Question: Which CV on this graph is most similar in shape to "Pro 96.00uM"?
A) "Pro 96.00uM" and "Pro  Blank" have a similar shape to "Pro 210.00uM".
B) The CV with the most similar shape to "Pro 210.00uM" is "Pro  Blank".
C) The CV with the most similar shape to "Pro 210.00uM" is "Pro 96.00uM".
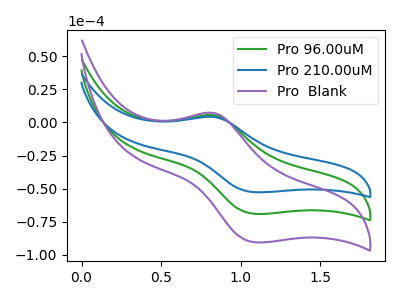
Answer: <think>The green curve "Pro 96.00uM" has an anodic peak at (0.85V, 5.50uA) and a cathodic peak at (1.10V, -69.15uA). The blue curve "Pro 210.00uM" has an anodic peak at (0.85V, 4.20uA) and a cathodic peak at (1.10V, -52.75uA). The purple curve "Pro  Blank" has an anodic peak at (0.85V, 11.00uA) and a cathodic peak at (1.10V, -138.35uA).
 All the peaks in "Pro 96.00uM" have a peak in "Pro 210.00uM" at the same potential. Every peak in "Pro 96.00uM" is higher than every peak in "Pro 210.00uM". All the peaks in "Pro 96.00uM" have a peak in "Pro  Blank" at the same potential. Every peak in "Pro 96.00uM" is lower than every peak in "Pro  Blank". All the peaks in "Pro 210.00uM" have a peak in "Pro  Blank" at the same potential. Every peak in "Pro 210.00uM" is lower than every peak in "Pro  Blank".</think>
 <answer>A) "Pro 96.00uM" and "Pro  Blank" have a similar shape to "Pro 210.00uM".</answer>
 <eval>A</eval>